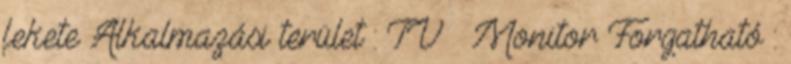
fekete Alkalmazási terület : TV Monitor Forgatható :